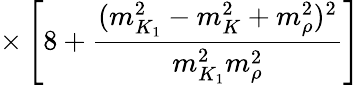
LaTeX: \times\left[8+\frac{(m_{K_{1}}^{2}-m_{K}^{2}+m_{\rho}^{2})^{2}}{m_{K_{1}}^{2}m_{\rho}^{2}}\right]